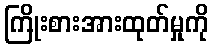
ကြိုးစားအားထုတ်မှုကို